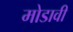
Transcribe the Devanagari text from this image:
मोडावी